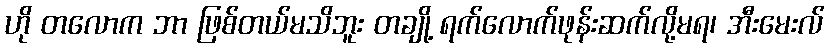
ဟို တလောက ဘာ ဖြစ်တယ်မသိဘူး တချို့ ရက်လောက်ဖုန်းဆက်လို့မရ၊ အီးမေးလ်